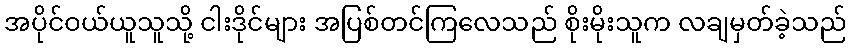
အပိုင်ဝယ်ယူသူသို့ ငါးဒိုင်များ အပြစ်တင်ကြလေသည် စိုးမိုးသူက လချမှတ်ခဲ့သည်